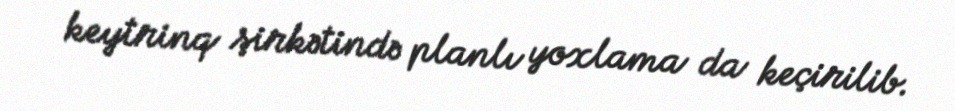
keytrinq şirkətində planlı yoxlama da keçirilib.